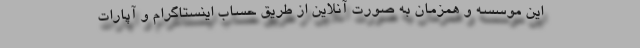
این موسسه و همزمان به صورت آنلاین از طریق حساب اینستاگرام و آپارات